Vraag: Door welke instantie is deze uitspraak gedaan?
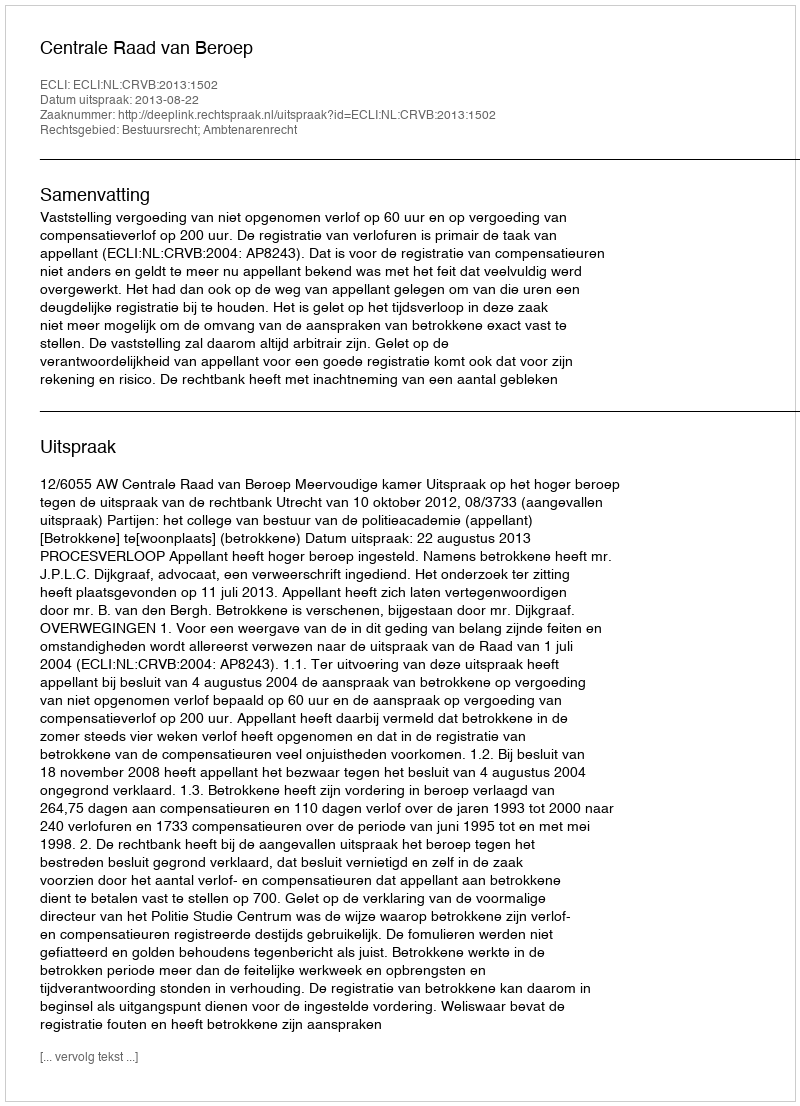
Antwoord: Centrale Raad van Beroep